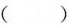
()